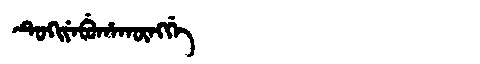
Manchu: ᡨᡠᡴᡳᠶᡝᠪᡠᡥᠠᡴᡡᠩᡤᡝ
Romanization: TUKIYEBUHAKŪNGGE